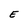
Character: E